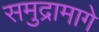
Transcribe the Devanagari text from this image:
समुद्रामागे